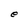
Character: e